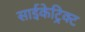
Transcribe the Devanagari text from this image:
साईकेट्रिक्ट